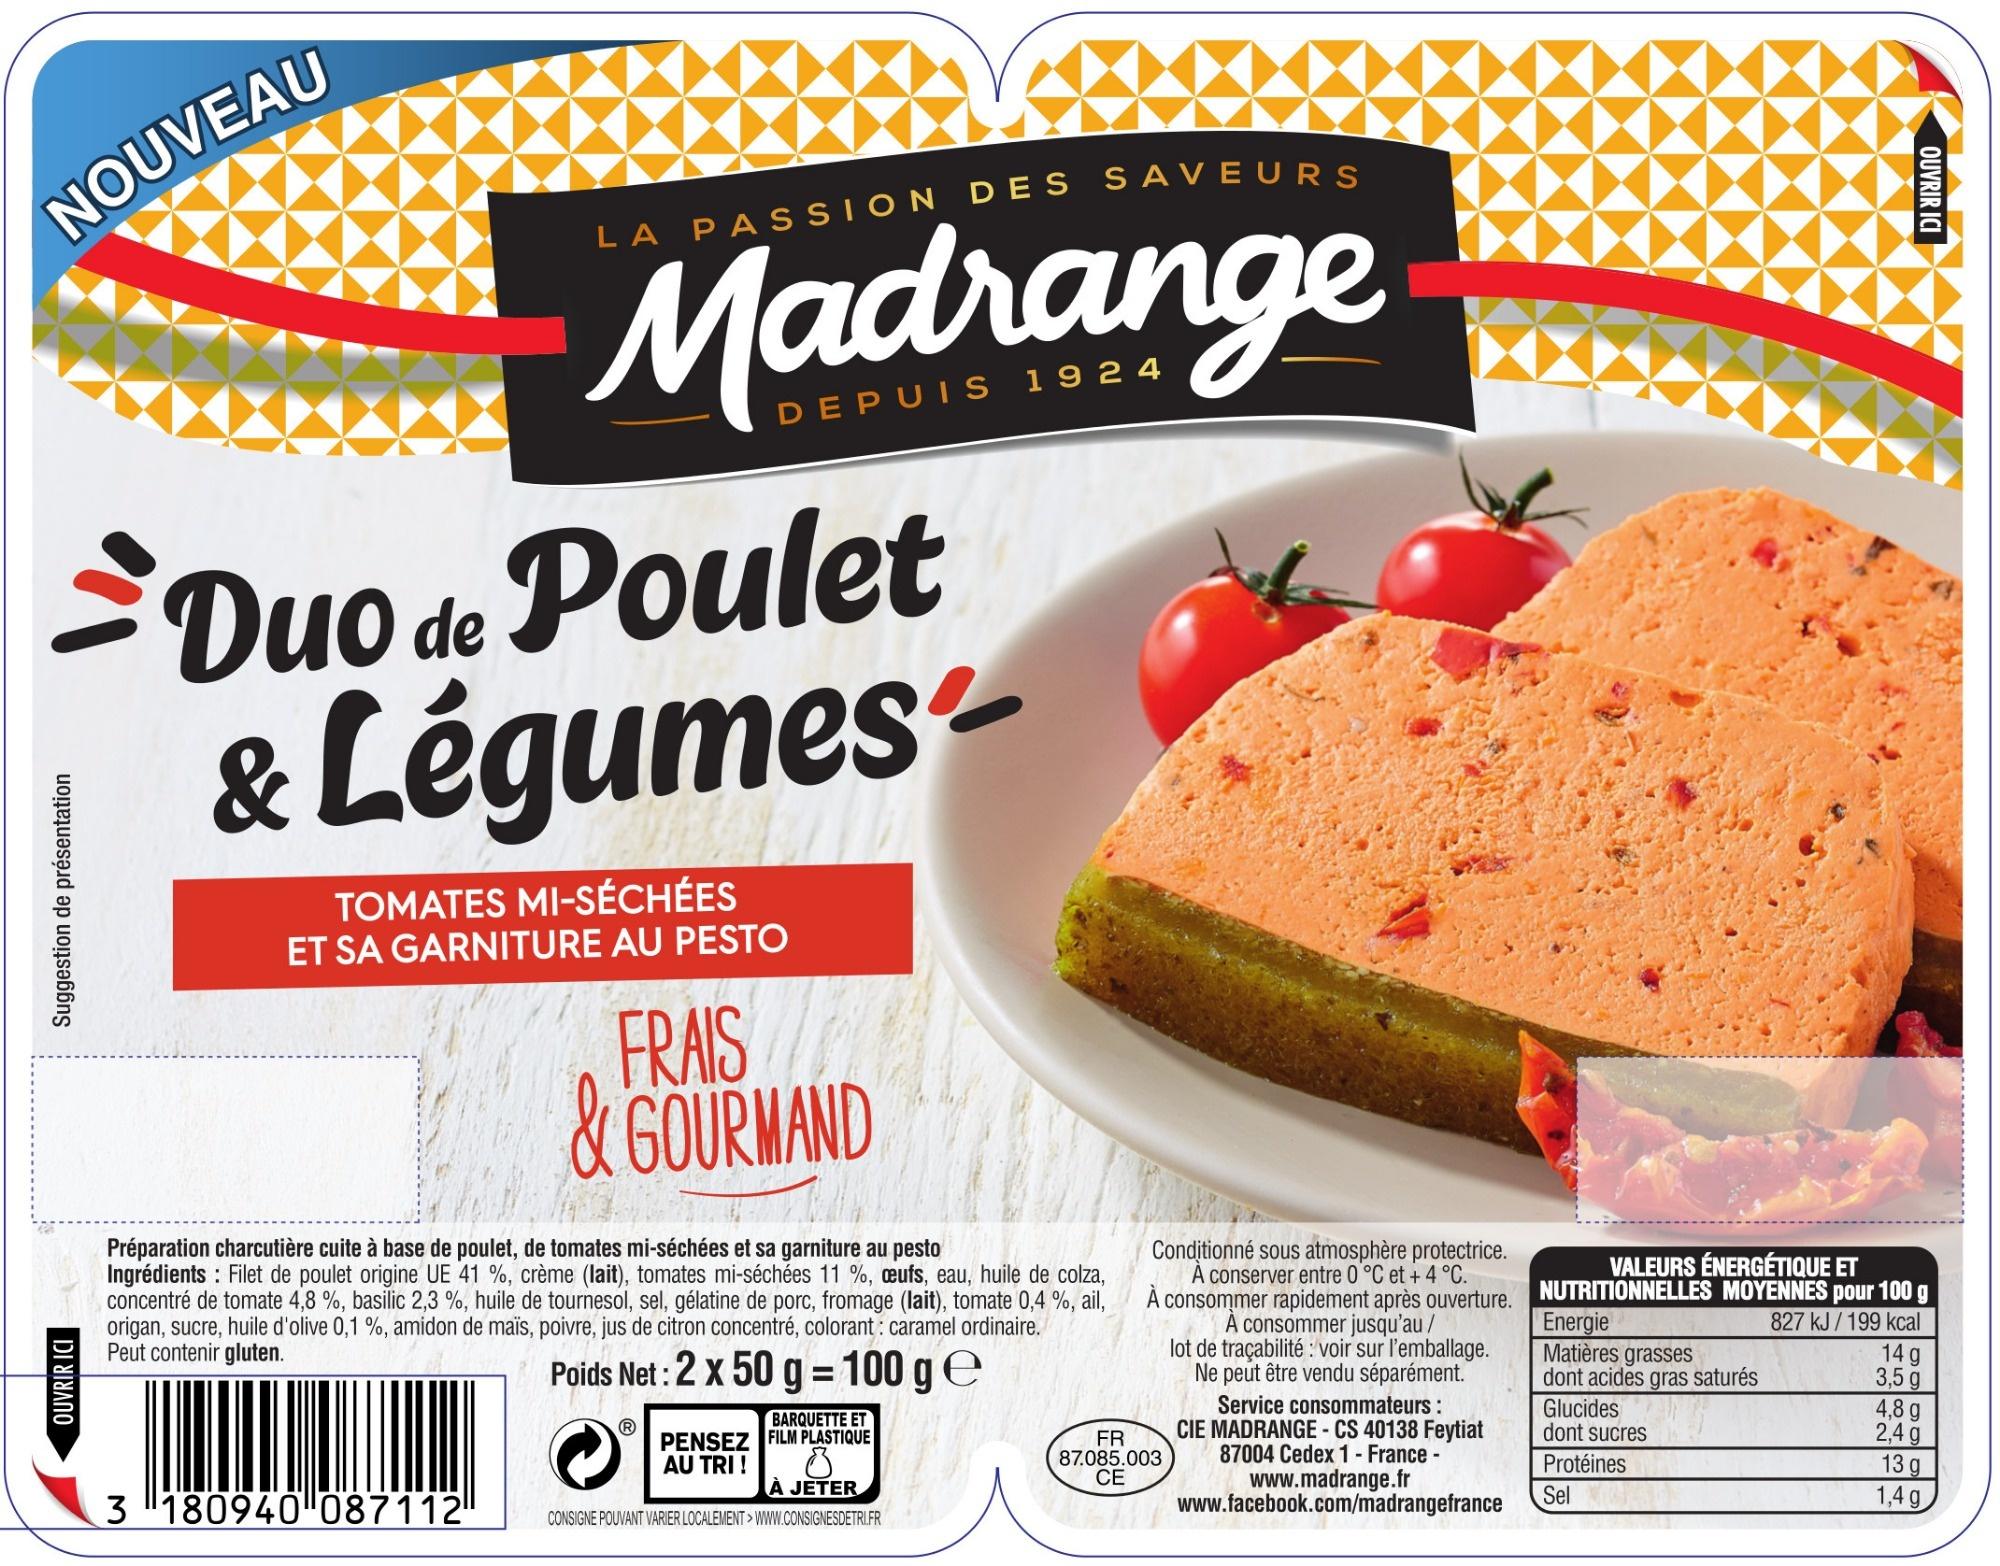
Duo de Poulet & Légumes TOMATES MI-SÉCHÉES ET SA GARNITURE AU PESTO FRAIS &GOURMAND Préparation charcutière cuite à base de poulet, de tomates mi-séchées et sa garniture au pesto Ingrédients Filet de poulet origine UE 41 %, crème (lait), tomates mi-séchées 11 %, eufs, eau, huile de colza, concentré de tomate 4,8 %, basilic 2,3 %, huile de tournesol, sel, gélatine de porc, fromage (lait), tomate 0,4 %, ail, origan, sucre, huile d'olive 0,1 %, amidon de maïs, poivre, jus de citron concentré, colorant: caramel ordinaire. Peut contenir gluten. Conditionné sous atmosphère protectrice. A conserver entre 0 °C et + 4 °C A consommer rapidement après ouverture. A consommer jusqu'au / lot de traçabilité: voir sur l'emballage Ne peut être vendu séparément. VALEURS ÉNERGÉTIQUE ET NUTRITIONNELLES Energie Matières grasses dont acides gras saturés MOYENNES pour 100 827 kJ/199 kcal 14 g 3,5 g 4,8 g 2,4 g 13 g 1,4 g Poids Net:2 x 50 g 100 g e Service consommateurs : CIE MADRANGE - CS 40138 Feytiat 87004 Cedex 1 France- www.madrange.fr www.facebook.com/madrangefrance Glucides dont sucres BARQUETTE ET PENSEZ FILM PLASTIQUE AU TRI! FR 87.085.003 CE Protéines Sel A JETER 3180940 087112 CONSIGNE POUVANT VARIER LOCALEMENT> WWW.CONSIGNESDETRI.FR OUVRIR ICI Suggestion de présentation 8또명 ICI OUVRIR